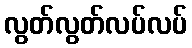
လွတ်လွတ်လပ်လပ်